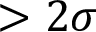
> 2 \sigma